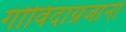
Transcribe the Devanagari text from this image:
गोविंदाग्रजांनी